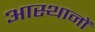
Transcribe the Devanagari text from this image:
आस्थानों